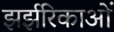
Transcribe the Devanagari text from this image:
झर्झरिकाओं